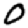
Digit: 0